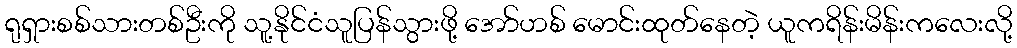
ရုရှားစစ်သားတစ်ဦးကို သူ့နိုင်ငံသူပြန်သွားဖို့ အော်ဟစ် မောင်းထုတ်နေတဲ့ ယူကရိန်းမိန်းကလေးလို့